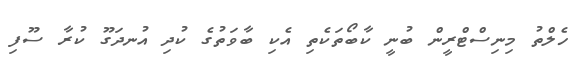
ހެލްތު މިނިސްޓްރީން ބުނީ ކާބޯތަކެތި އެކި ބާވަތުގެ ކުދި އުނދަގޫ ކުރާ ސޫފި